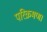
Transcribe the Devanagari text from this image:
परिक्रमण।